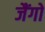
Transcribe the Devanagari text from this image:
जैंगो